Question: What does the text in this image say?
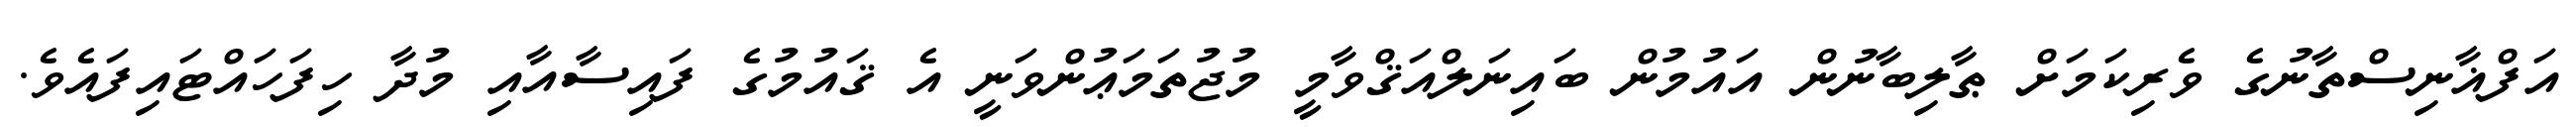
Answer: އަފްޣާނިސްތާނުގެ ވެރިކަމަށް ޠާލިބާނުން އައުމުން ބައިނަލްއަޤްވާމީ މުޖުތަމަޢުންވަނީ އެ ޤައުމުގެ ފައިސާއާއި މުދާ ހިފަހައްޓައިފައެވެ.